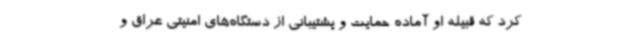
کرد که قبیله او آماده حمایت و پشتیبانی از دستگاه‌های امنیتی عراق و